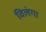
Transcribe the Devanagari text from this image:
विलंगा